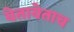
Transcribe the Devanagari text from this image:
येतायेताच